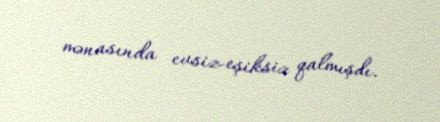
mənasında evsiz-eşiksiz qalmışdı.